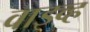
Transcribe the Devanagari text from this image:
वाइव्ह